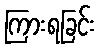
ကြားရခြင်း